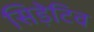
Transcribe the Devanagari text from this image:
सिड़ेटिव